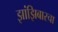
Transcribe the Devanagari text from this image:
झांझिबारचा